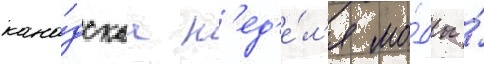
кана́дскаа н'ед'е́л'я мо́ды ́